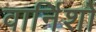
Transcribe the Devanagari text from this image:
वार्निशों